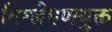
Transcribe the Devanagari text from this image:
विश्लेषणयुक्त